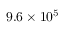
9 . 6 \times 1 0 ^ { 5 }